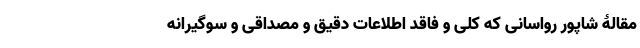
مقالۀ شاپور رواسانی که کلی و فاقد اطلاعات دقیق و مصداقی و سوگیرانه